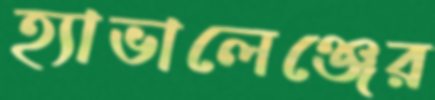
হ্যাভালেঞ্জের